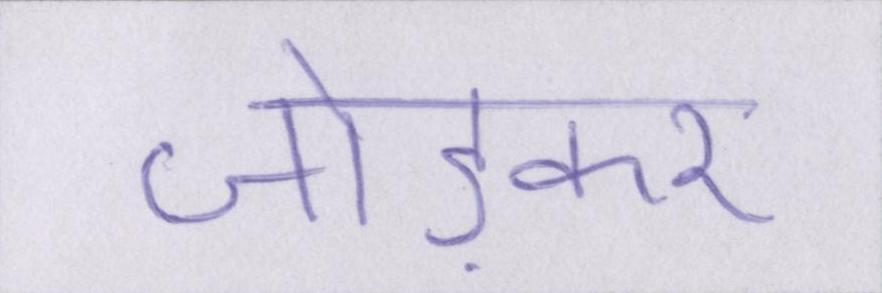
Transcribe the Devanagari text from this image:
जोड़कर